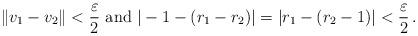
LaTeX: \begin{align*}\|v_1-v_2\| < \frac \varepsilon 2 \mbox{ and } |-1-(r_1-r_2)| = |r_1 - (r_2-1)| < \frac \varepsilon 2 \, .\end{align*}